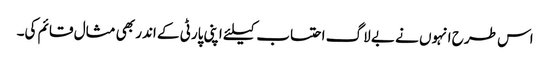
اس طرح انہوں نے بے لاگ احتساب کیلئے اپنی پارٹی کے اندر بھی مثال قائم کی۔